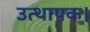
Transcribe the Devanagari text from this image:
उत्थापक।